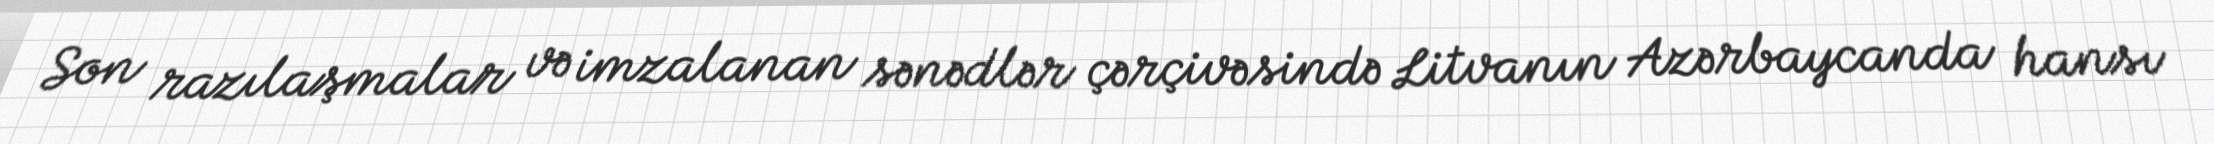
Son razılaşmalar və imzalanan sənədlər çərçivəsində Litvanın Azərbaycanda hansı